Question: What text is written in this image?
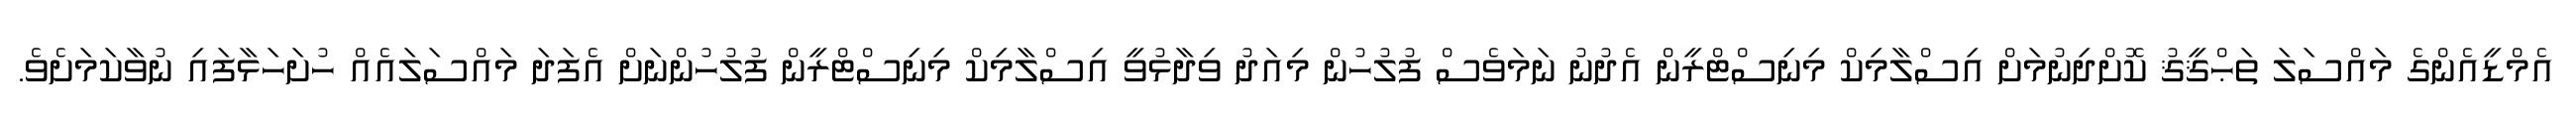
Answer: އެމްޑީއެންގެ މައްސަލަ ތަޙްޤީޤު ކޮށްދިނުމަށް އިސްލާމިކް މިނިސްޓްރީން އެދުނު ނަމަވެސް ފުލުހުން މިއަދު ވިދާޅުވީ އިސްލާމިކް މިނިސްޓްރީން ފުލުހުންނަށް އެފަދަ މައްސަލައެއް ހުށަހަޅާފައި ނުވާކަމަށެވެ.